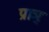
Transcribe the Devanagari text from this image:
प्राञ्ः